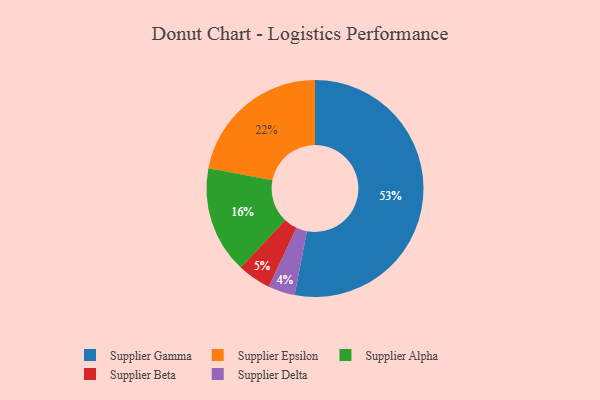
{"axis": {"x": "Category", "y": "Percentage"}, "legend": ["Supplier Alpha", "Supplier Beta", "Supplier Delta", "Supplier Epsilon", "Supplier Gamma"], "data": [{"x": "Supplier Alpha", "y": 16, "type": "Supplier Alpha"}, {"x": "Supplier Delta", "y": 4, "type": "Supplier Delta"}, {"x": "Supplier Beta", "y": 5, "type": "Supplier Beta"}, {"x": "Supplier Gamma", "y": 53, "type": "Supplier Gamma"}, {"x": "Supplier Epsilon", "y": 22, "type": "Supplier Epsilon"}]}